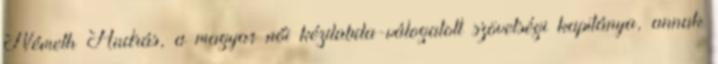
Németh András, a magyar női kézilabda-válogatott szövetségi kapitánya, annak